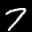
Label: 7